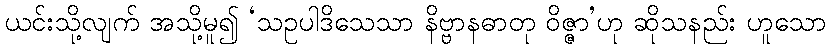
ယင်းသို့လျက် အသို့မူ၍ ‘သဥပါဒိသေသာ နိဗ္ဗာနဓာတု ဝိဇ္ဇာ’ဟု ဆိုသနည်း ဟူသော